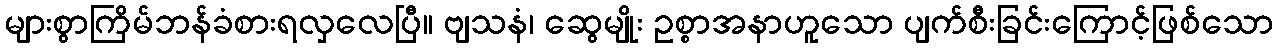
များစွာကြိမ်ဘန်ခံစားရလှလေပြီ။ ဗျသနံ၊ ဆွေမျိုး ဥစ္စာအနာဟူသော ပျက်စီးခြင်းကြောင့်ဖြစ်သော